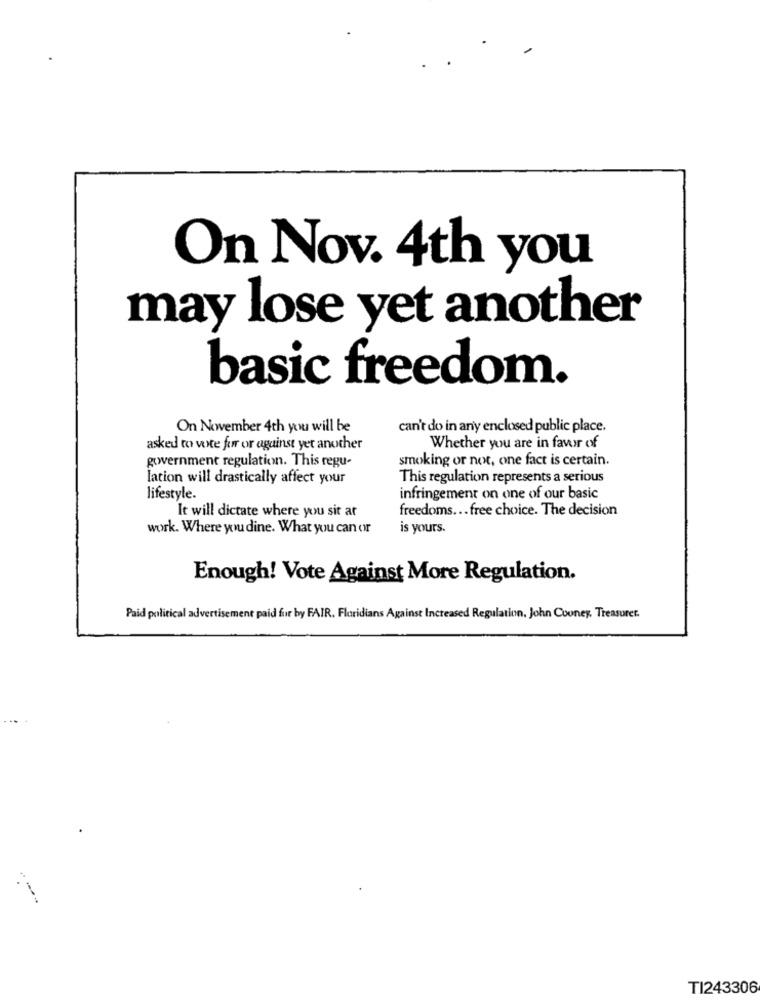
On Nov. 4th you
may lose yet another
basic freedom.
On November 4th you will be
can't do in any enclosed public place.
asked to vote for or against yet another
Whether you are in favor of
government regulation. This regu-
smoking or not, one fact is certain.
lation will drastically affect your
This regulation represents a serious
lifestyle.
infringement on one of our basic
freedoms ... free choice. The decision
It will dictate where you sit ar
work. Where you dine. What you can or
is yours.
Enough! Vote Against More Regulation.
Paid political advertisement paid fur by FAIR. Floridians Against Increased Regulation, John Cooney, Treasuret.
TI243306